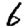
Digit: 6